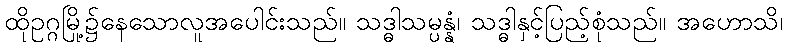
ထိုဥဂ္ဂမြို့၌နေသောလူအပေါင်းသည်။ သဒ္ဓါသမ္ပန္နံ၊ သဒ္ဓါနှင့်ပြည့်စုံသည်။ အဟောသိ၊